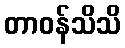
တာဝန်သိသိ